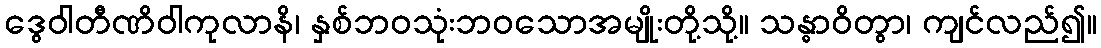
ဒွေဝါတီဏိဝါကုလာနိ၊ နှစ်ဘဝသုံးဘဝသောအမျိုးတို့သို့။ သန္ဓာဝိတွာ၊ ကျင်လည်၍။